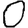
Digit: 0